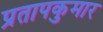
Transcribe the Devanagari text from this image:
प्रतापकुमार